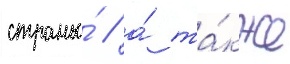
страны́ / а́ та́кже